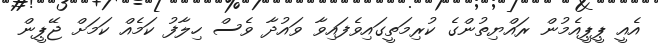
އެއީ ޕީޕީއެމުން ރައްޔިތުންގެ ކުރިމަތީގައިވެފައިވާ ވައުދާ ވެސް ހިލާފު ކަމެއް ކަމަށް ޖޭޕީން